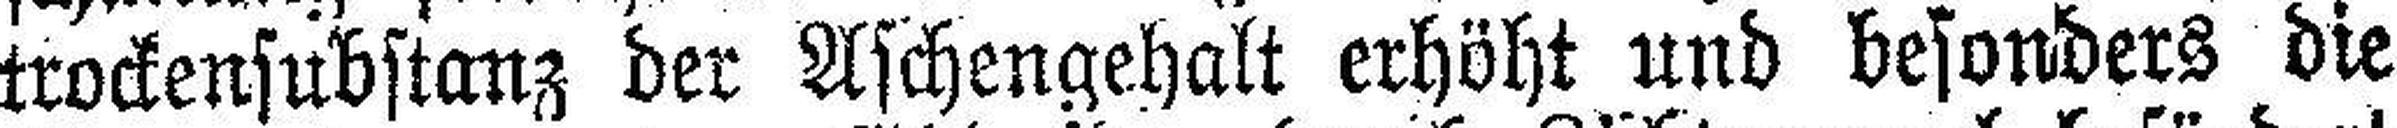
trockensubstanz der Aschengehalt erhöht und besonders die